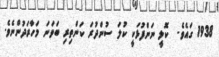
1938 ގައެވެ.  ކޮލީ ނަންފުޅަކީ ކުލަ ސުންދުރަ ކަންތިރި ބަވަނަ މަހާރަދުންނެވެ.